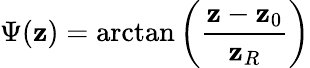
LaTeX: \Psi(\mathbf{z})=\arctan\left(\frac{{\mathbf{z}-\mathbf{z}_{0}}}{{\mathbf{z}_{R}}}\right)